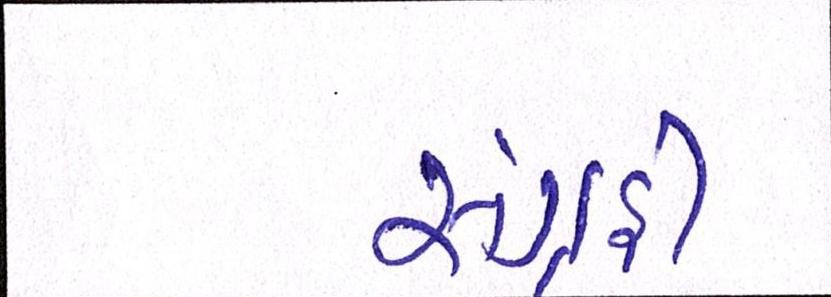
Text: સંગ્રહી